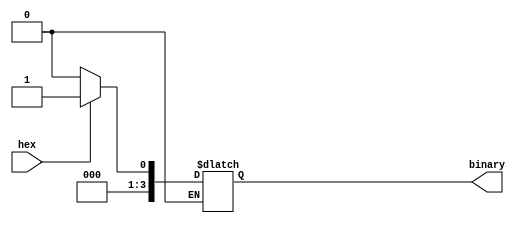
module switchToData(hex, binary);

// formular for converting from hex to equivalent binary

	input hex;
	output reg [3:0] binary;
	
	always@ (*) begin
		if(hex == 1'b1)
			binary = 4'b0001;
		else if (hex == 1'b0)
			binary = 4'b0000;
	end
endmodule

module switchToData_testbench();

	reg hex;
	wire [3:0] binary;
	
	switchToData dux (hex, binary);
	
	
	initial begin

	#5 hex = 1'b1;
	#5 hex = 1'b1;
	#5 hex = 1'b1;
	#5 hex = 1'b0;
	#5 hex = 1'b1;
	#5 hex = 1'b0;
	
	$stop();
	end
	
endmodule